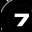
Digit: 7